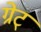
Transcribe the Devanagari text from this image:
ग्रेट्